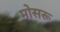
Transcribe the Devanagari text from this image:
मोसरू